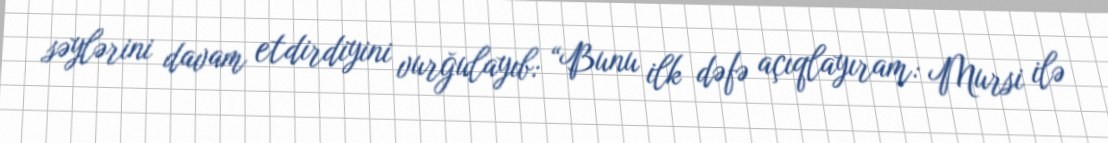
səylərini davam etdirdiyini vurğulayıb: “Bunu ilk dəfə açıqlayıram: Mursi ilə